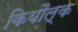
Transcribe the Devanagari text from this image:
कियौल्क